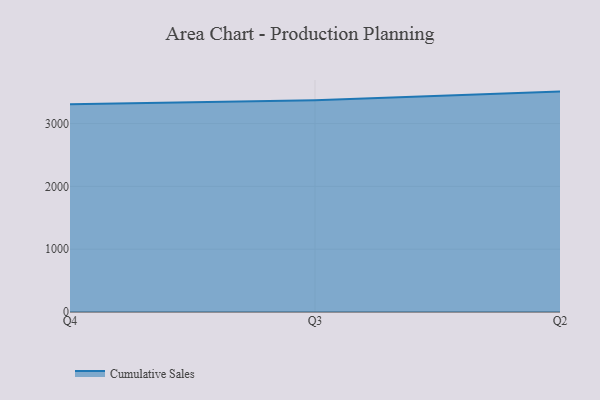
{"axis": {"x": "Quarter", "y": "Active Users"}, "legend": ["Cumulative Sales"], "data": [{"x": "Q4", "y": 3310.1, "type": "Cumulative Sales"}, {"x": "Q3", "y": 3373.1, "type": "Cumulative Sales"}, {"x": "Q2", "y": 3509.6, "type": "Cumulative Sales"}]}